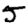
Digit: 5